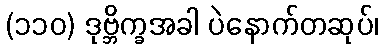
(၁၁၀) ဒုဗ္ဘိက္ခအခါ ပဲနောက်တဆုပ်၊